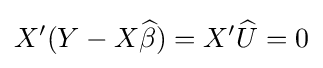
X'(Y-X{\widehat {\beta }})=X'{\widehat {U}}=0